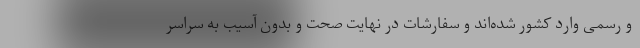
و رسمی وارد کشور شده‌اند و سفارشات در نهایت صحت و بدون آسیب به سراسر